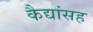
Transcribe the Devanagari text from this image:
कैद्यांसह